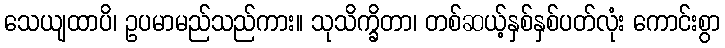
သေယျထာပိ၊ ဥပမာမည်သည်ကား။ သုသိက္ခိတာ၊ တစ်ဆယ့်နှစ်နှစ်ပတ်လုံး ကောင်းစွာ